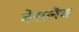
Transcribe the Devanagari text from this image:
बेसलैब